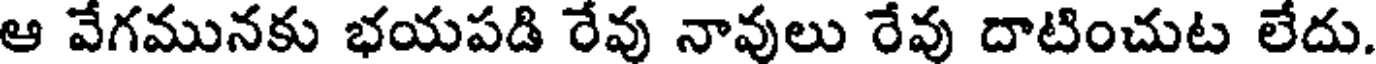
ఆ వేగమునకు భయపడి రేవు నావులు రేవు దాటించుట లేదు.